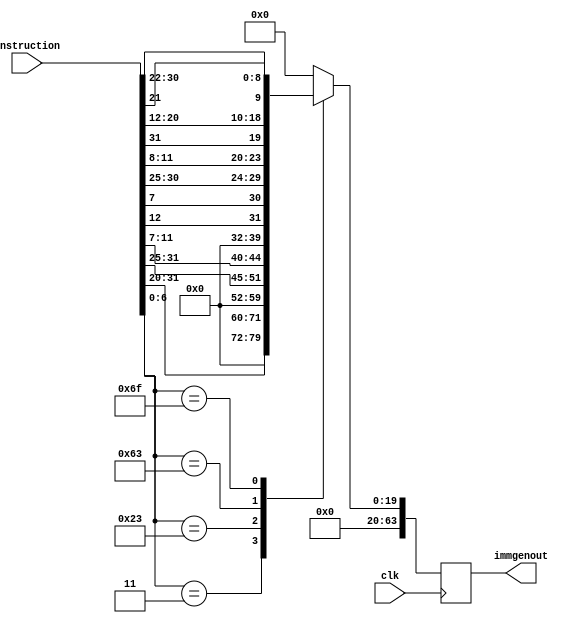
module immgen(clk,instruction,immgenout);
  
  input wire [31:0]instruction;
  input clk;
  output reg [63:0]immgenout;
    
  
  always@(posedge clk)
     case(instruction[6:0])
       7'b0000011: immgenout = {52'b0,instruction[31:20]};
       7'b0100011: immgenout = {52'b0,instruction[31:25],instruction[11:7]};
       7'b1100011: immgenout = {52'b0,instruction[12],instruction[7],instruction[30:25],instruction[11:8]};
       7'b1101111: immgenout = {44'b0 , instruction[31],instruction[20:12],instruction[21],instruction[30:22]};
       default: immgenout = 64'b0;
     endcase
   
   endmodule